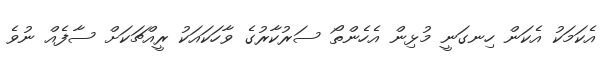
އެކަމަކު އެކަން ހިނގަނީ މުޅިން އެހެންތޯ ސަރުކާރުގެ ވާހަކައަކު ރީއްޗަކަށް ސާފެއް ނުވެ